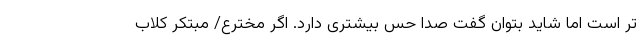
تر است اما شاید بتوان گفت صدا حس بیشتری دارد. اگر مخترع/ مبتکر کلاب